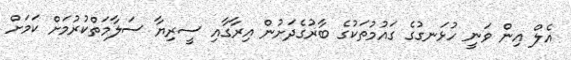
އެލް އިން ވަނީ ހުޅަނގުގެ ގައުމުތަކުގެ ބާރުގެދަށުން އިރާގާއި ސީރިޔާ ސަލާމަތްކުރުމަށް ކަމަށް